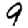
Digit: 9